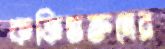
কফিভক্তদের